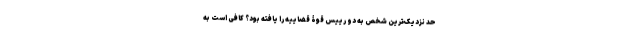
حد نزدیک‌ترین شخص به دو رییس قوۀ قضاییه را یافته بود؟ کافی است به